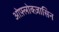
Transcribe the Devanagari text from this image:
ओफ़्लोक्ज़ासिन